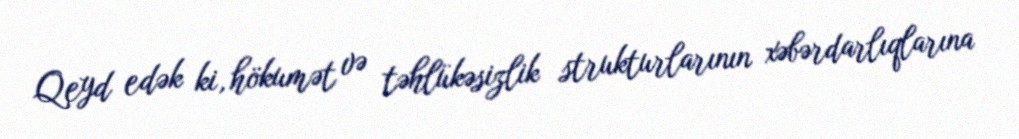
Qeyd edək ki, hökumət və təhlükəsizlik strukturlarının xəbərdarlıqlarına